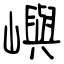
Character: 嶼